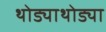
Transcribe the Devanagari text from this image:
थोड्याथोड्या